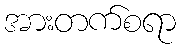
အားတက်စရာ